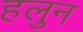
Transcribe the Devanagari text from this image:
हलुन